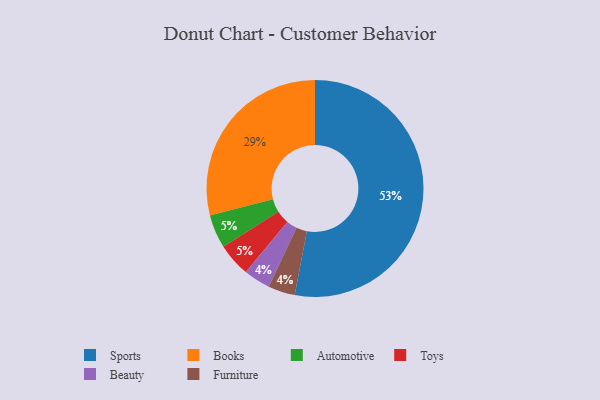
{"axis": {"x": "Category", "y": "Percentage"}, "legend": ["Automotive", "Beauty", "Books", "Furniture", "Sports", "Toys"], "data": [{"x": "Automotive", "y": 5, "type": "Automotive"}, {"x": "Beauty", "y": 4, "type": "Beauty"}, {"x": "Furniture", "y": 4, "type": "Furniture"}, {"x": "Books", "y": 29, "type": "Books"}, {"x": "Sports", "y": 53, "type": "Sports"}, {"x": "Toys", "y": 5, "type": "Toys"}]}